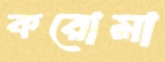
করোমা